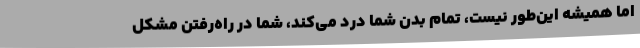
اما همیشه این‌طور نیست، تمام بدن شما درد می‌کند، شما در راه‌رفتن مشکل